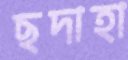
ছদাহা